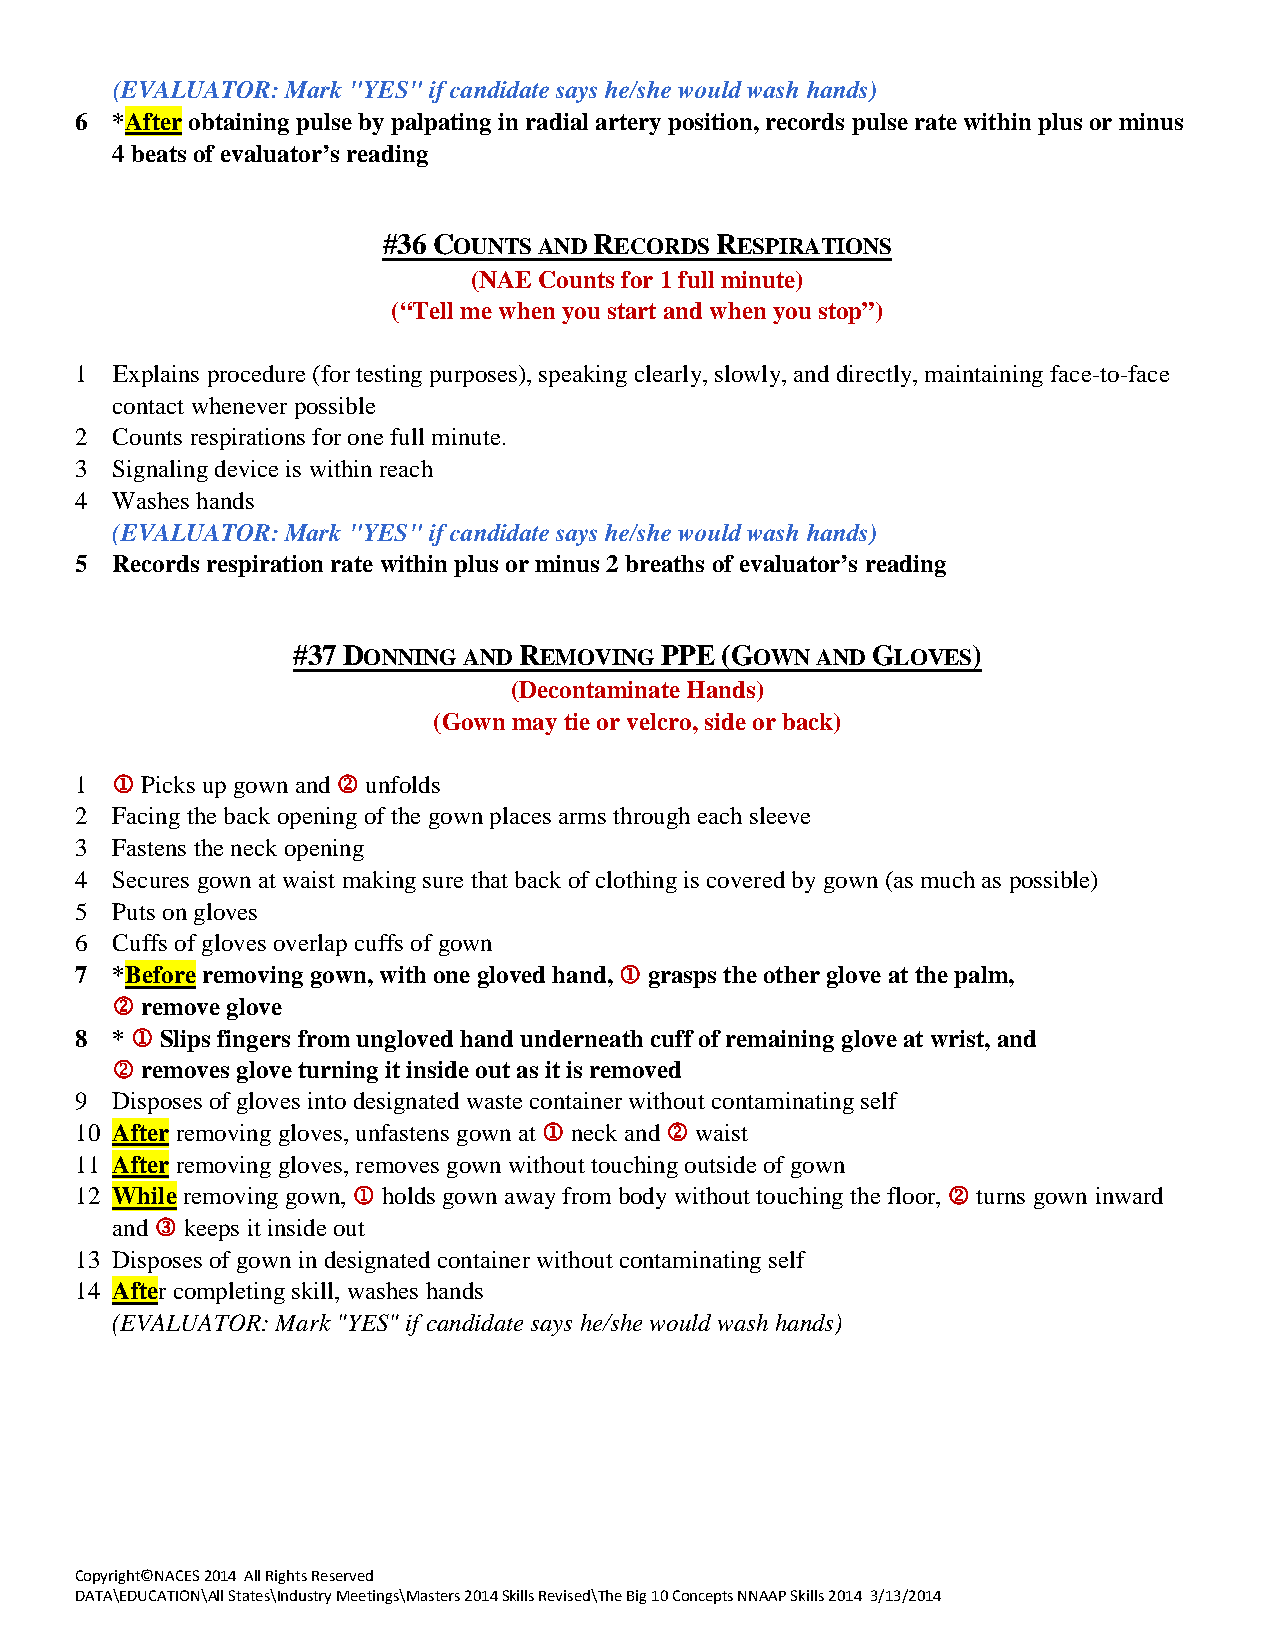
(EVALUATOR: Mark "YES" if candidate says he/she would wash hands)
 6 *After obtaining pulse by palpating in radial artery position, records pulse rate within plus or minus
 4 beats of evaluator’s reading
 #36 COUNTS AND RECORDS RESPIRATIONS
 (NAE Counts for 1 full minute)
 (“Tell me when you start and when you stop”)
 1 Explains procedure (for testing purposes), speaking clearly, slowly, and directly, maintaining face-to-face
 contact whenever possible
 2 Counts respirations for one full minute.
 3 Signaling device is within reach
 4 Washes hands
 (EVALUATOR: Mark "YES" if candidate says he/she would wash hands)
 5 Records respiration rate within plus or minus 2 breaths of evaluator’s reading
 #37 DONNING AND REMOVING PPE (GOWN AND GLOVES)
 (Decontaminate Hands)
 (Gown may tie or velcro, side or back)
 1  Picks up gown and  unfolds
 2 Facing the back opening of the gown places arms through each sleeve
 3 Fastens the neck opening
 4 Secures gown at waist making sure that back of clothing is covered by gown (as much as possible)
 5 Puts on gloves
 6 Cuffs of gloves overlap cuffs of gown
 7 *Before removing gown, with one gloved hand,  grasps the other glove at the palm,
  remove glove
 8 *  Slips fingers from ungloved hand underneath cuff of remaining glove at wrist, and
  removes glove turning it inside out as it is removed
 9 Disposes of gloves into designated waste container without contaminating self
 10 After removing gloves, unfastens gown at  neck and  waist
 11 After removing gloves, removes gown without touching outside of gown
 12 While removing gown,  holds gown away from body without touching the floor,  turns gown inward
 and  keeps it inside out
 13 Disposes of gown in designated container without contaminating self
 14 After completing skill, washes hands
 (EVALUATOR: Mark "YES" if candidate says he/she would wash hands)
 Copyright©NACES 2014 All Rights Reserved
 DATA\EDUCATION\All States\Industry Meetings\Masters 2014 Skills Revised\The Big 10 Concepts NNAAP Skills 2014 3/13/2014